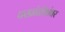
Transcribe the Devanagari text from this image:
परप्रांतीयांवर